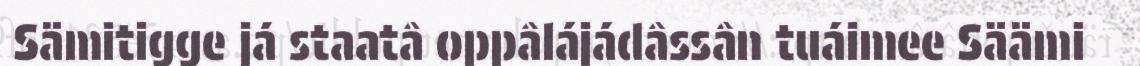
Sämitigge já staatâ oppâlájádâssân tuáimee Säämi